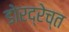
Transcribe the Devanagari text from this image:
डोरद्रेच्त